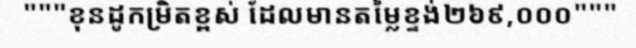
"""ខុនដូកម្រិតខ្ពស់ ដែលមានតម្លៃខ្ទង់២៦៩,០០០"""